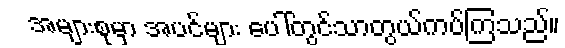
အများစုမှာ အပင်များ ပေါ်တွင်သာတွယ်ကပ်ကြသည်။